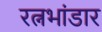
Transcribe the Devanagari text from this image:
रत्नभांडार